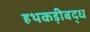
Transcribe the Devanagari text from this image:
हथकड़ीबद्ध